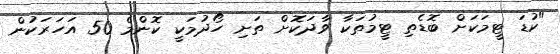
"ކުޑަ ޓީމަކަށް ބޮޑެތި ޓީމުތަކާ ވާދަކޮށް ތަށި ހޯދުމަކީ ކޮންމެ 50 އަހަރަކުން